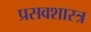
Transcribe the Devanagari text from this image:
प्रसवशास्त्र